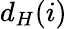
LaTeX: d_{H}(i)